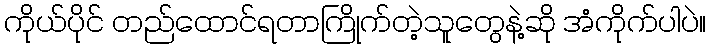
ကိုယ်ပိုင် တည်ထောင်ရတာကြိုက်တဲ့သူတွေနဲ့ဆို အံကိုက်ပါပဲ။